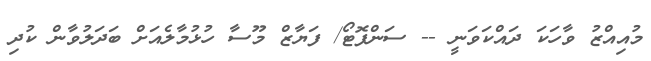
މުއިއްޒު ވާހަކަ ދައްކަވަނީ -- ސަންފޮޓޯ/ ފަޔާޒް މޫސާ ހުޅުމާލެއަށް ބަދަލުވާން ކުދި